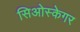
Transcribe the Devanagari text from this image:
सिओस्केगर